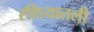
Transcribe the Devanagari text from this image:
रशियातली